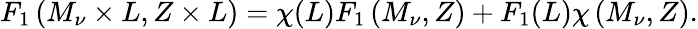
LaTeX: F_{1}\left(M_{\nu}\times L,Z\times L\right)=\chi(L)F_{1}\left(M_{\nu},Z\right)+F_{1}(L)\chi\left(M_{\nu},Z\right).